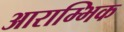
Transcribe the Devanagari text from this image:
आराम्भिक